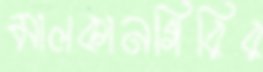
মালকানগিরির